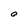
Character: O